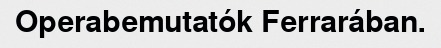
Operabemutatók Ferrarában.